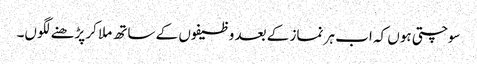
سوچتی ہوں کہ اب ہر نماز کے بعد وظیفوں کے ساتھ ملا کر پڑھنے لگوں۔